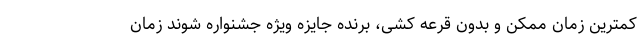
کمترین زمان ممکن و بدون قرعه کشی، برنده جایزه ویژه جشنواره شوند زمان